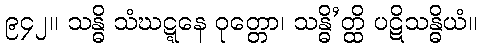
၉၄၂။ သန္ဓိ သံဃဋ္ဋနေ ဝုတ္တော၊ သန္ဓိ’တ္ထိ ပဋိသန္ဓိယံ။